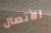
الأتصال